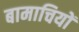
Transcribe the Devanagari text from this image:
बामाचियों